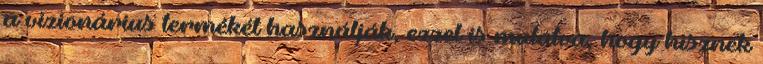
a vizionárius termékét használják, ezzel is mutatva, hogy hisznek